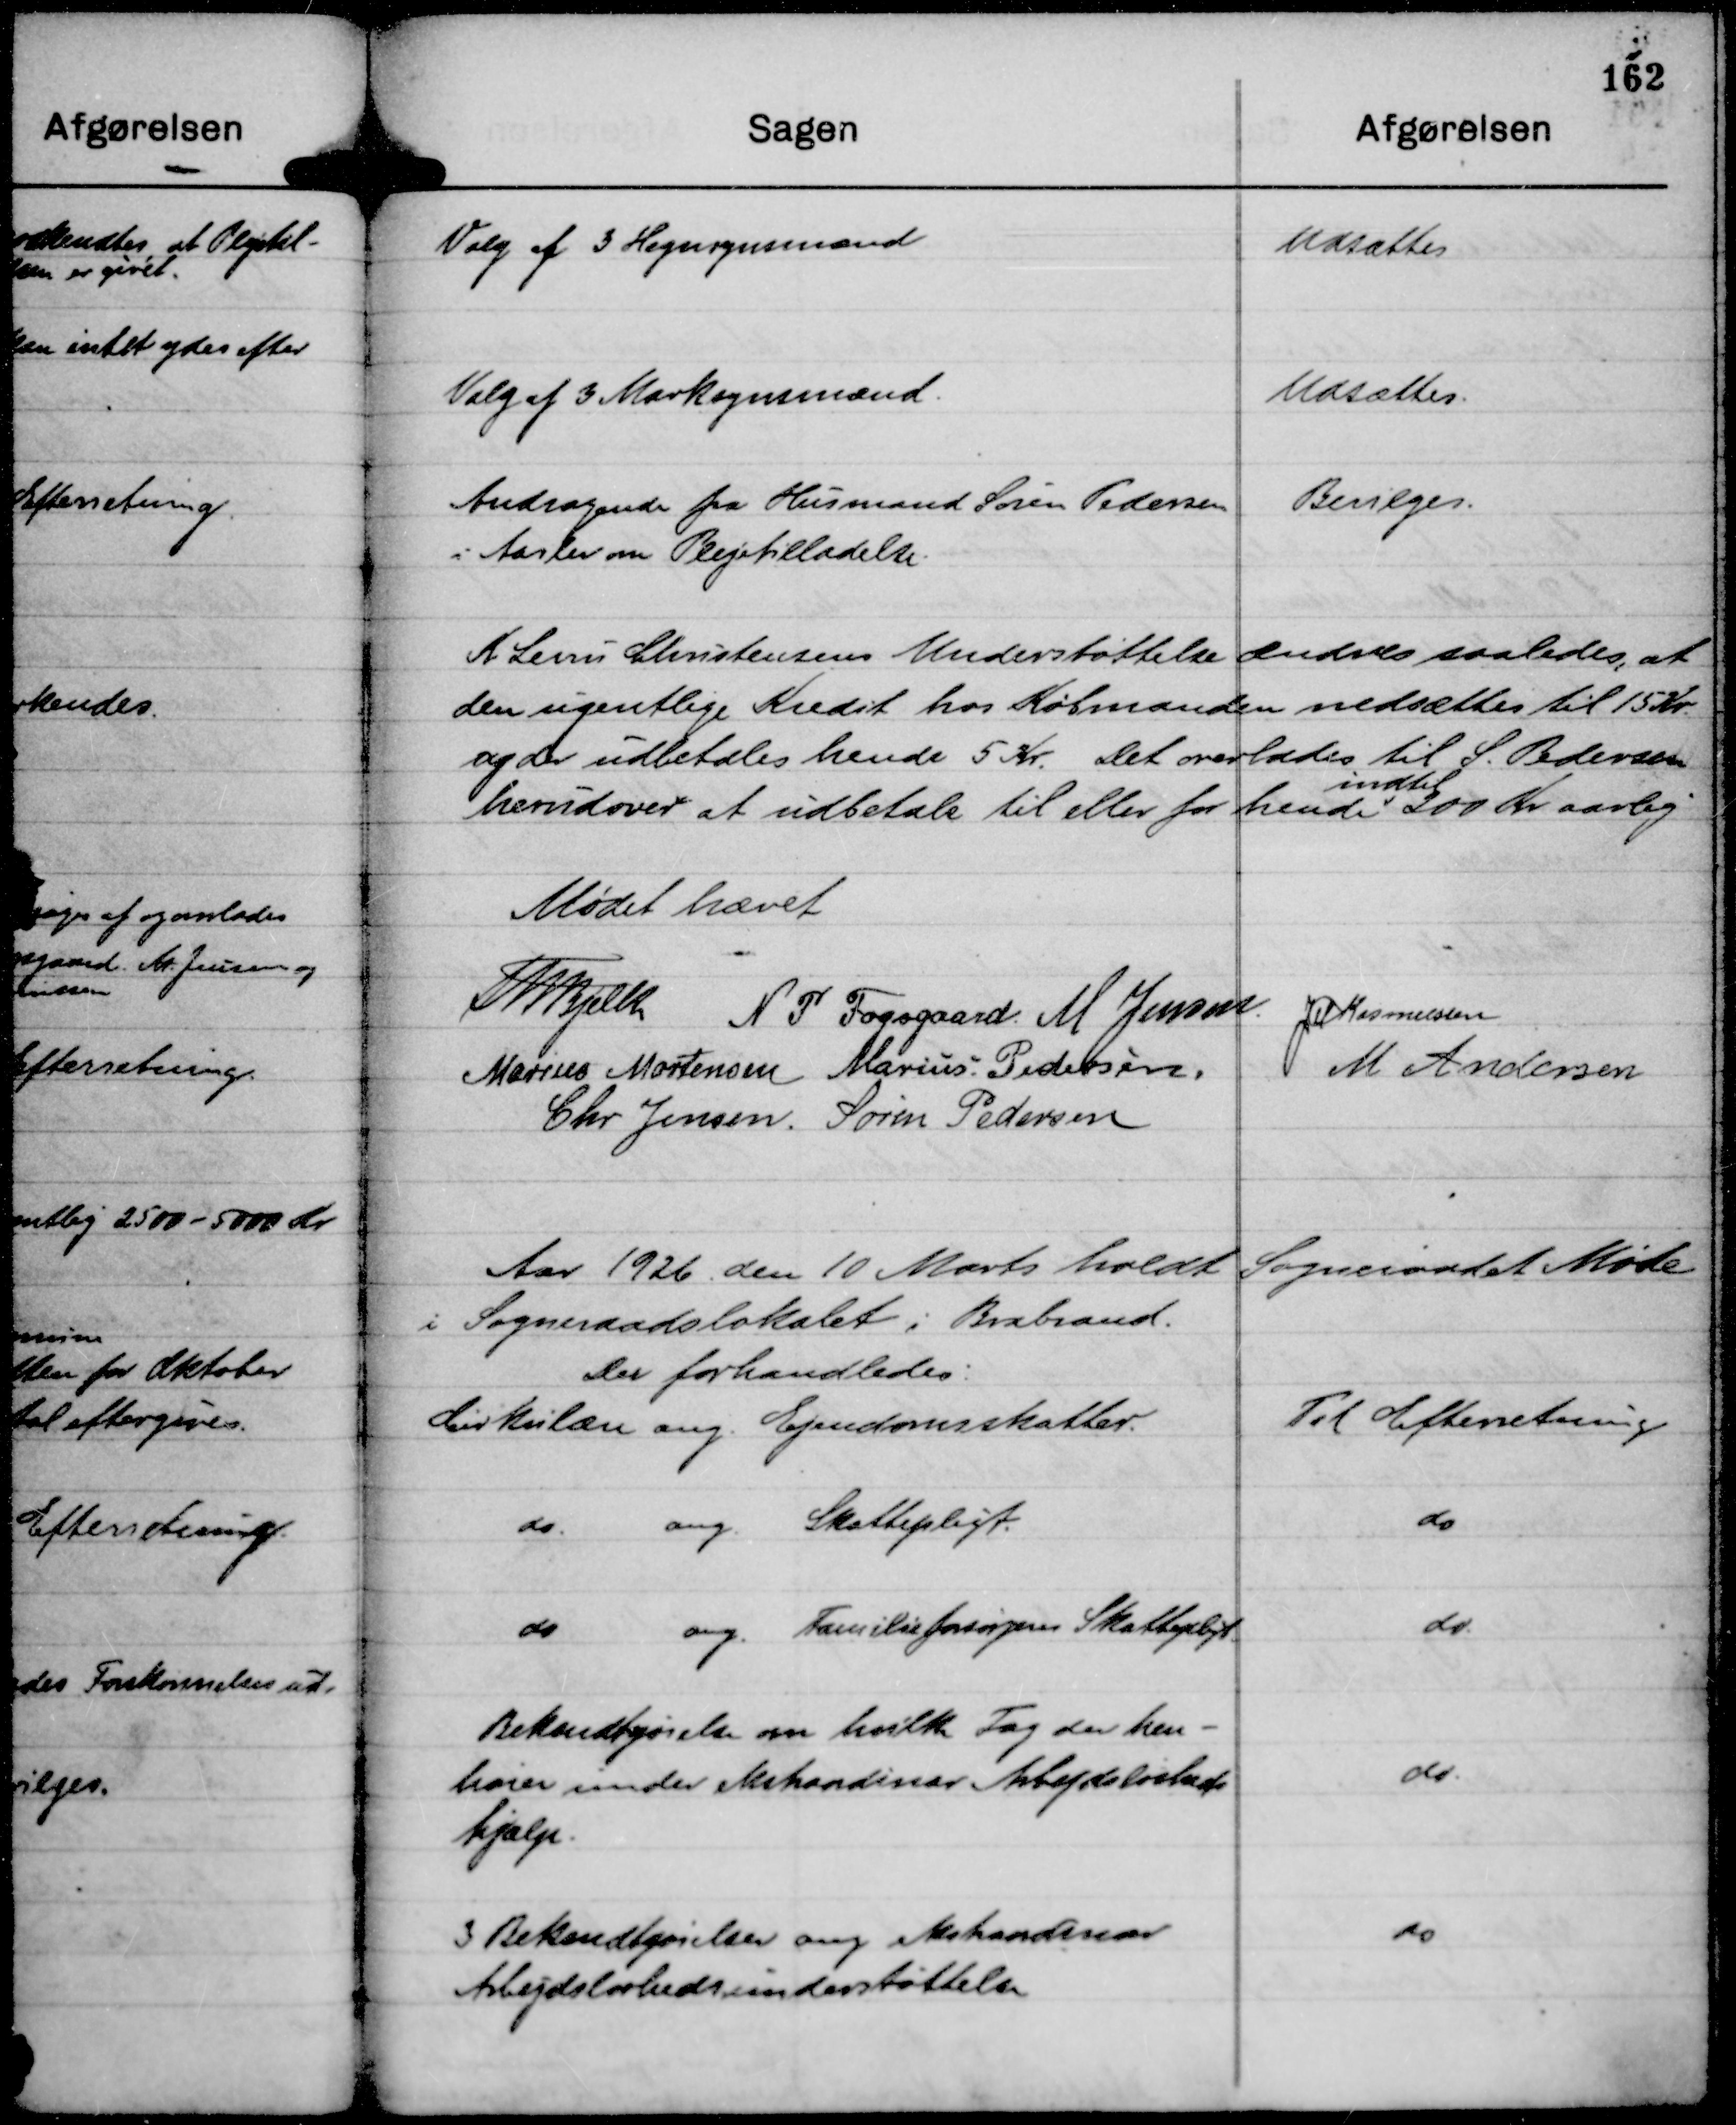
Transskription:
Valg af 3 Hegnsynsmænd

Udsættes

Valg af 3 Marksynsmænd.

Udsættes.

Andragende fra Husmand Søren Pedersen
i Aarlev om Plejetilladelse.

Bevilges.

K Levin Christensens Understøttelse ændres saaledes, at
den ugentlige Kredit hos Købmanden nedsættes til 15 Kr.
og der udbetales hende 5 Kr. Det overlades til S. Pedersen
herudover at udbetale til eller for hende
indtil
200 Kr aarlig

Mødet hævet
Th Bjelke
N P Fogsgaard.
M Jensen.
JM Rasmussen
Marius Mortensen
Marius Pedersen.
M Andersen
Chr Jensen.
Søren Pedersen

Aar 1926 den 10 Marts holdt Sogneraadet Møde
i Sogneraadslokalet i Brabrand.
Der forhandledes:

Cirkulære ang. Ejendomsskatter.

Til Efterretning

do.
ang. Skattepligt.

do

do
ang. Familieforsørgeres Skattepligt.

do.

Bekendtgørelse om hvilke Fag der hen-
hører under ekstraordinær Arbejdsløsheds
hjælp.

do.

3 Bekendtgørelser ang ekstraordinær
Arbejdsløshedsunderstøttelse

do